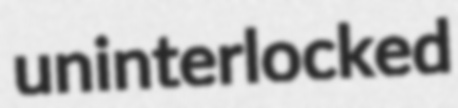
uninterlocked